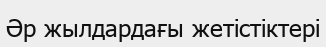
Әр жылдардағы жетістіктері